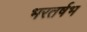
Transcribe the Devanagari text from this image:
भरतर्षभ